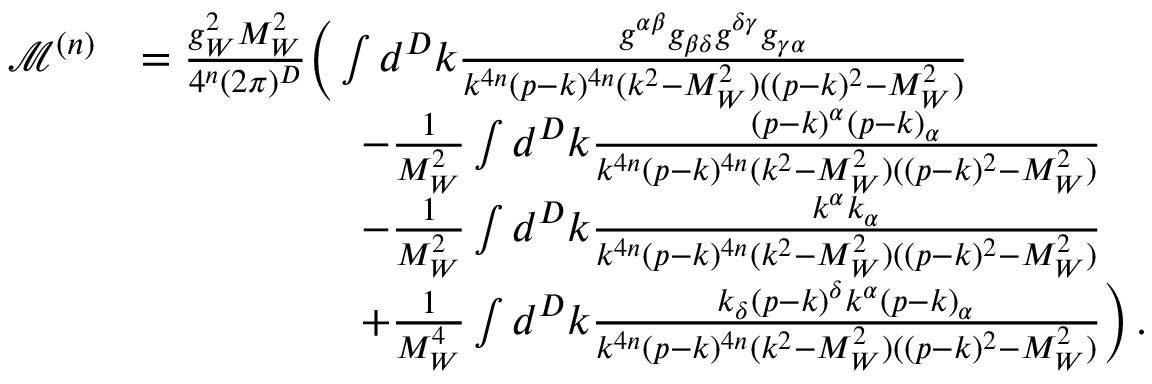
\begin{array} { r l } { \mathcal { M } ^ { ( n ) } } & { = \frac { g _ { W } ^ { 2 } M _ { W } ^ { 2 } } { 4 ^ { n } ( 2 \pi ) ^ { D } } \bigg ( \int d ^ { D } k \frac { g ^ { \alpha \beta } g _ { \beta \delta } g ^ { \delta \gamma } g _ { \gamma \alpha } } { k ^ { 4 n } ( p - k ) ^ { 4 n } ( k ^ { 2 } - M _ { W } ^ { 2 } ) ( ( p - k ) ^ { 2 } - M _ { W } ^ { 2 } ) } } \\ & { \quad \quad \quad \quad \quad - \frac { 1 } { M _ { W } ^ { 2 } } \int d ^ { D } k \frac { ( p - k ) ^ { \alpha } ( p - k ) _ { \alpha } } { k ^ { 4 n } ( p - k ) ^ { 4 n } ( k ^ { 2 } - M _ { W } ^ { 2 } ) ( ( p - k ) ^ { 2 } - M _ { W } ^ { 2 } ) } } \\ & { \quad \quad \quad \quad \quad - \frac { 1 } { M _ { W } ^ { 2 } } \int d ^ { D } k \frac { k ^ { \alpha } k _ { \alpha } } { k ^ { 4 n } ( p - k ) ^ { 4 n } ( k ^ { 2 } - M _ { W } ^ { 2 } ) ( ( p - k ) ^ { 2 } - M _ { W } ^ { 2 } ) } } \\ & { \quad \quad \quad \quad \quad + \frac { 1 } { M _ { W } ^ { 4 } } \int d ^ { D } k \frac { k _ { \delta } ( p - k ) ^ { \delta } k ^ { \alpha } ( p - k ) _ { \alpha } } { k ^ { 4 n } ( p - k ) ^ { 4 n } ( k ^ { 2 } - M _ { W } ^ { 2 } ) ( ( p - k ) ^ { 2 } - M _ { W } ^ { 2 } ) } \bigg ) \, . } \end{array}